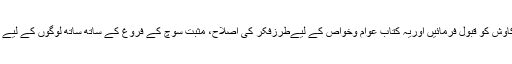
میری دعاہے کہ اللہ تعالیٰ اس کاوش کو قبول فرمائیں اوریہ کتاب عوام وخواص کے لیےطرزفکر کی اصلاح، مثبت سوچ کے فروغ کے ساتھ ساتھ لوگوں کے لیے فیض اورحفاظت کا ذریعہ بنے۔